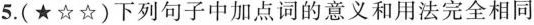
5.(★☆☆)下列句子中加点词的意义和用法完全相同